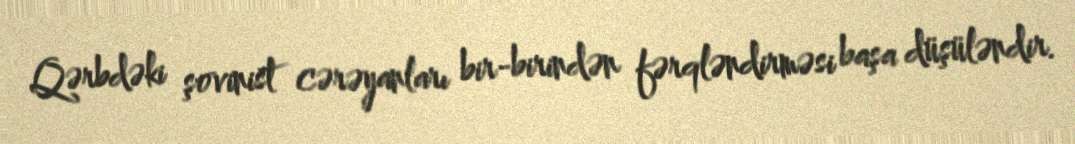
Qərbdəki şovinist cərəyanları bir-birindən fərqləndirməsi başa düşüləndir.